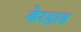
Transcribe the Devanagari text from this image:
बेरहाड